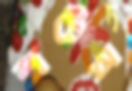
শটের